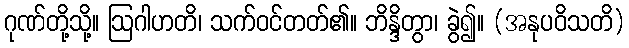
ဂုဏ်တို့သို့။ ဩဂါဟတိ၊ သက်ဝင်တတ်၏။ ဘိန္ဒိတွာ၊ ခွဲ၍။ (အနုပဝိသတိ)